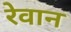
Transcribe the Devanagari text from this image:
रेवान